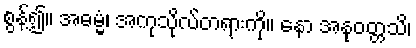
စွန့်၍။ အဓမ္မံ၊ အကုသိုလ်တရားကို။ နော အနုဝတ္တသိ၊